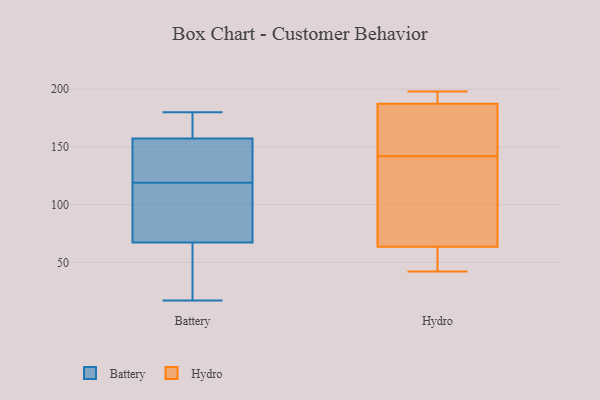
{"axis": {"x": "Inventory Turnover", "y": "Value"}, "legend": ["Battery", "Hydro"], "data": [{"x": "", "y": 96, "type": "Battery"}, {"x": "", "y": 60, "type": "Battery"}, {"x": "", "y": 160, "type": "Battery"}, {"x": "", "y": 180, "type": "Battery"}, {"x": "", "y": 108, "type": "Battery"}, {"x": "", "y": 49, "type": "Battery"}, {"x": "", "y": 149, "type": "Battery"}, {"x": "", "y": 127, "type": "Battery"}, {"x": "", "y": 174, "type": "Battery"}, {"x": "", "y": 147, "type": "Battery"}, {"x": "", "y": 68, "type": "Battery"}, {"x": "", "y": 67, "type": "Battery"}, {"x": "", "y": 119, "type": "Battery"}, {"x": "", "y": 162, "type": "Battery"}, {"x": "", "y": 17, "type": "Battery"}, {"x": "", "y": 176, "type": "Battery"}, {"x": "", "y": 119, "type": "Battery"}, {"x": "", "y": 44, "type": "Battery"}, {"x": "", "y": 122, "type": "Battery"}, {"x": "", "y": 177, "type": "Hydro"}, {"x": "", "y": 198, "type": "Hydro"}, {"x": "", "y": 42, "type": "Hydro"}, {"x": "", "y": 152, "type": "Hydro"}, {"x": "", "y": 196, "type": "Hydro"}, {"x": "", "y": 186, "type": "Hydro"}, {"x": "", "y": 119, "type": "Hydro"}, {"x": "", "y": 58, "type": "Hydro"}, {"x": "", "y": 188, "type": "Hydro"}, {"x": "", "y": 142, "type": "Hydro"}, {"x": "", "y": 54, "type": "Hydro"}, {"x": "", "y": 113, "type": "Hydro"}, {"x": "", "y": 71, "type": "Hydro"}, {"x": "", "y": 193, "type": "Hydro"}, {"x": "", "y": 61, "type": "Hydro"}, {"x": "", "y": 50, "type": "Hydro"}, {"x": "", "y": 184, "type": "Hydro"}, {"x": "", "y": 104, "type": "Hydro"}, {"x": "", "y": 189, "type": "Hydro"}]}